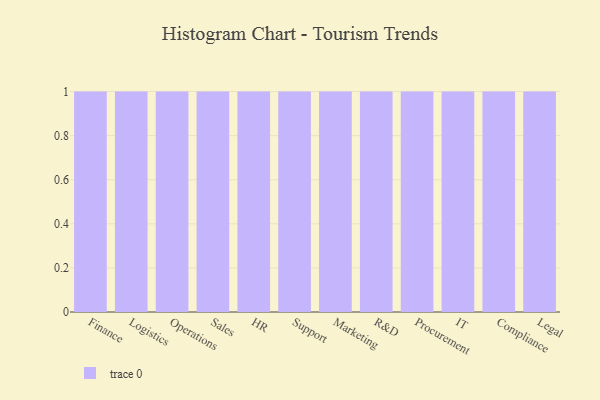
{"axis": {"x": "Department", "y": "Customer Acquisition Cost (USD)"}, "legend": [""], "data": [{"x": "Finance", "y": 17, "type": ""}, {"x": "Logistics", "y": 24, "type": ""}, {"x": "Operations", "y": 84, "type": ""}, {"x": "Sales", "y": 53, "type": ""}, {"x": "HR", "y": 79, "type": ""}, {"x": "Support", "y": 77, "type": ""}, {"x": "Marketing", "y": 80, "type": ""}, {"x": "R&D", "y": 47, "type": ""}, {"x": "Procurement", "y": 18, "type": ""}, {"x": "IT", "y": 2, "type": ""}, {"x": "Compliance", "y": 94, "type": ""}, {"x": "Legal", "y": 98, "type": ""}]}